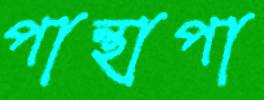
পান্থাপা